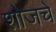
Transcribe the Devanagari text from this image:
शोजचे